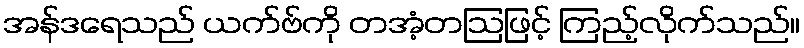
အန်ဒရေသည် ယက်ဗ်ကို တအံ့တဩဖြင့် ကြည့်လိုက်သည်။